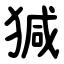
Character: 㺂